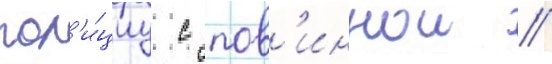
пол'и́циу с пов'иннои //